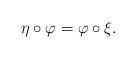
LaTeX: \begin{align*}\eta\circ\varphi =\varphi\circ \xi.\end{align*}